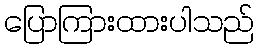
ပြောကြားထားပါသည်